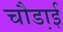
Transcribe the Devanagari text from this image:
चौडा़ई